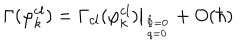
\Gamma ( \varphi _ { k } ^ { c l } ) = \Gamma _ { c l } ( \varphi _ { k } ^ { c l } ) \big | _ { \hat { \Phi } = 0 \atop q = 0 } + O ( \hbar )